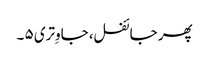
پھر جائفل، جاوِتری ۵ ۔